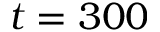
t = 3 0 0